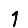
Digit: 1